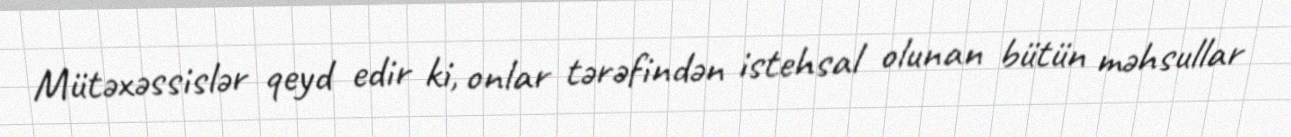
Mütəxəssislər qeyd edir ki, onlar tərəfindən istehsal olunan bütün məhsullar